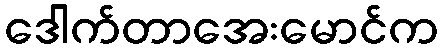
ဒေါက်တာအေးမောင်က